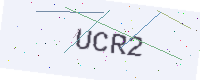
Text: UCR2